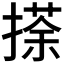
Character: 𢴉